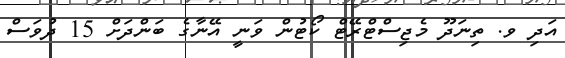
އަދި ވ. ތިނަދޫ މެޖިސްޓްރޭޓް ކޯޓުން ވަނީ އޭނާގެ ބަންދަށް 15 ދުވަސް